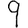
Digit: 9